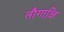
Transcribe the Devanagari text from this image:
लौगाक्षि